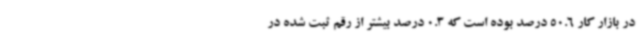
در بازار کار 50.6 درصد بوده است که 0.3 درصد بیشتر از رقم ثبت شده در